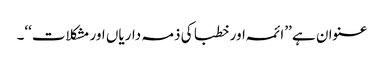
عنوان ہے ’’ائمہ اور خطبا کی ذمہ داریاں اور مشکلات‘‘۔